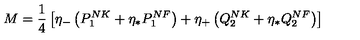
M = { \frac { 1 } { 4 } } \left[ \eta _ { - } \left( P _ { 1 } ^ { N K } + \eta _ { * } P _ { 1 } ^ { N F } \right) + \eta _ { + } \left( Q _ { 2 } ^ { N K } + \eta _ { * } Q _ { 2 } ^ { N F } \right) \right]